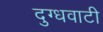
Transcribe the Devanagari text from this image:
दुग्धवाटी